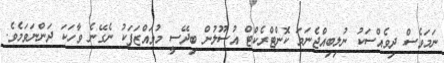
ނަމަވެސް ދިވެއްސަކު ނުލިބިއްޖެނަމަ ކޮންޓްރެކްޓް އުސޫލުން ބިދޭސީ މުވައްޒަފަކު ނެގޭނެ ވާހަކަ ދަންނަވަމެވެ.